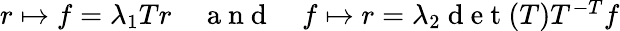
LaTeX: \begin{array}{r}{r\mapsto f=\lambda_{1}Tr\quad\mathrm{~a~n~d~}\quad f\mapsto r=\lambda_{2}\mathrm{~d~e~t~}(T)T^{-T}f}\end{array}